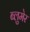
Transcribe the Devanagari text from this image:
ब्लुमेर